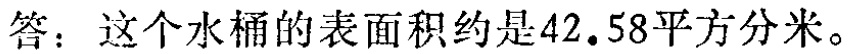
答：这个水桶的表面积约是\(42.58\)平方分米。